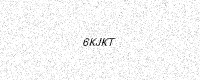
Text: 6KJKT